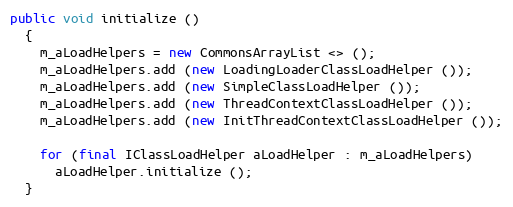
Language: Java
public void initialize ()
  {
    m_aLoadHelpers = new CommonsArrayList <> ();
    m_aLoadHelpers.add (new LoadingLoaderClassLoadHelper ());
    m_aLoadHelpers.add (new SimpleClassLoadHelper ());
    m_aLoadHelpers.add (new ThreadContextClassLoadHelper ());
    m_aLoadHelpers.add (new InitThreadContextClassLoadHelper ());

    for (final IClassLoadHelper aLoadHelper : m_aLoadHelpers)
      aLoadHelper.initialize ();
  }